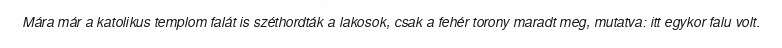
Mára már a katolikus templom falát is széthordták a lakosok, csak a fehér torony maradt meg, mutatva: itt egykor falu volt.